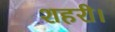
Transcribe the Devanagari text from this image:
शहरी।